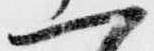
一